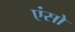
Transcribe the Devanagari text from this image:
एंसो